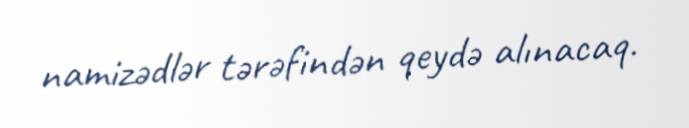
namizədlər tərəfindən qeydə alınacaq.